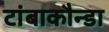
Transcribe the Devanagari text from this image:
टांबाकौन्डा